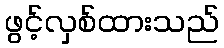
ဖွင့်လှစ်ထားသည်